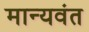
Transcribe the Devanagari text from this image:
मान्यवंत